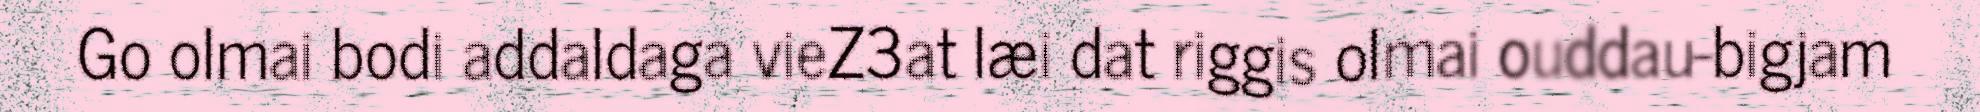
Go olmai bodi addaldaga vieZ3at læi dat riggis olmai ouddau-bigjam